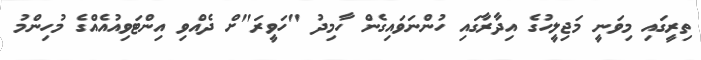
ތިރީގައި މިވަނީ މަޖިލީހުގެ އިދާރާގައި ހުންނަވައިގެން ހާމިދު "ހަވީރަ"ށް ދެއްވި އިންޓަވިއުއެއްގެ މުހިންމު